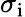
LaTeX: \sigma_{\mathrm{i}}